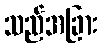
သည်အခြား